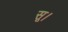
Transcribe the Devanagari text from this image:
सू।